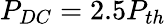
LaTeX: P_{DC}=2.5P_{th}